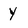
Character: y